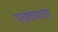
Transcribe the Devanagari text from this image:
एवंछपारा